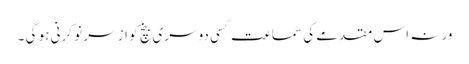
ورنہ اس مقدمے کی سماعت کسی دوسری بنچ کو از سر نو کرنی ہو گی ۔